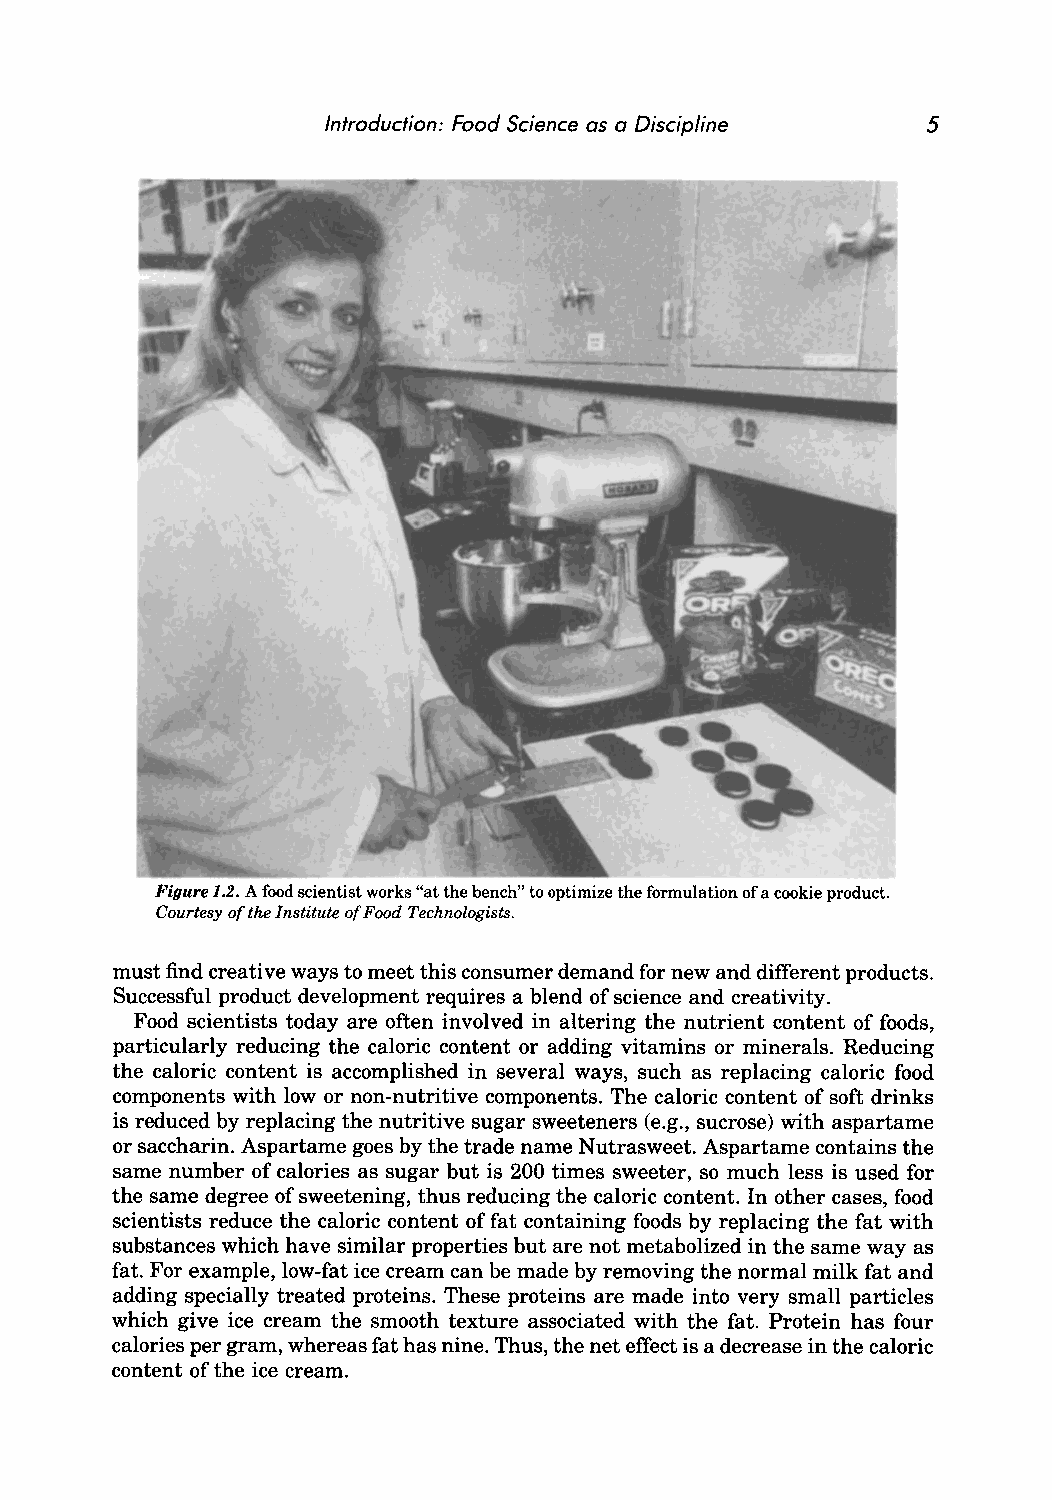
Introduction: Food Science as a Discipline 5
 Figure 1.2. A food scientist works "at the bench" to optimize the formulation of a cookie product.
 Courtesy of the Institute of Food Technologists.
 must find creative ways to meet this consumer demand for new and different products.
 Successful product development requires a blend of science and creativity.
 Food scientists today are often involved in altering the nutrient content of foods,
 particularly reducing the caloric content or adding vitamins or minerals. Reducing
 the caloric content is accomplished in several ways, such as replacing caloric food
 components with low or non-nutritive components. The caloric content of soft drinks
 is reduced by replacing the nutritive sugar sweeteners (e.g., sucrose) with aspartame
 or saccharin. Aspartame goes by the trade name Nutrasweet. Aspartame contains the
 same number of calories as sugar but is 200 times sweeter, so much less is used for
 the same degree of sweetening, thus reducing the caloric content. In other cases, food
 scientists reduce the caloric content of fat containing foods by replacing the fat with
 substances which have similar properties but are not metabolized in the same way as
 fat. For example, low-fat ice cream can be made by removing the normal milk fat and
 adding specially treated proteins. These proteins are made into very small particles
 which give ice cream the smooth texture associated with the fat. Protein has four
 calories per gram, whereas fat has nine. Thus, the net effect is a decrease in the caloric
 content of the ice cream.